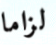
لزاما